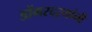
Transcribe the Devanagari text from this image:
डोंगरदर्‍यांनी